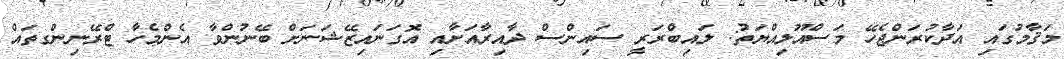
މަޤާމުގައި އަދާކުރަންޖެހޭ މަސްއޫލިއްޔަތު: ލައިބްރަރީ ސައިންސް ދާއިރާއަށާއި އޮގަނައިޒޭޝަނަށް ބޭނުންވާ އެންމެހާ ޓްރޭނިންގތައް